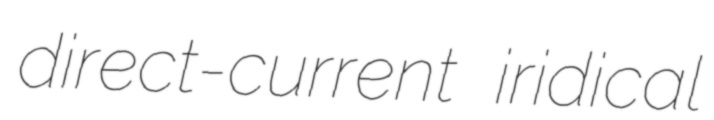
direct-current iridical